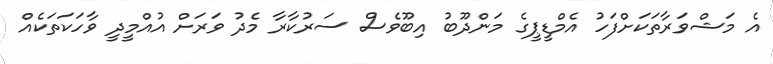
އެ މަޝްވަރާތަކަށްފަހު އެމްޑީޕީގެ މަންދޫބު އިބޫވެސް ސަރުކާރާ މެދު ވަރަށް އުއްމީދީ ވާހަކަތަކެއް